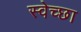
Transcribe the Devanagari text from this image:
स्‍वेच्‍छा